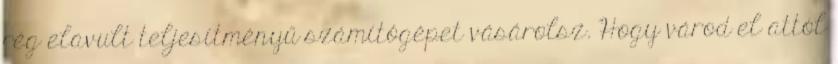
rég elavult teljesítményű számítógépet vásárolsz. Hogy várod el attól